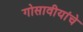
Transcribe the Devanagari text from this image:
गोसावीयांचे